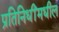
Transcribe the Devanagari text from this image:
प्रतिनिधींमधील